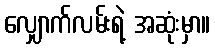
လျှောက်လမ်းရဲ့ အဆုံးမှာ။